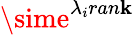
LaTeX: \sime^{\lambda_{i}ran\mathbf{k}}